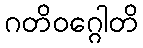
ဂတိဝဂ္ဂေါတိ